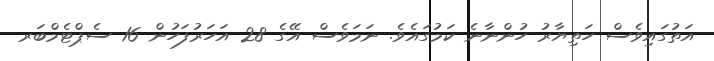
އަތުގައިވެސް ހަތިޔާރު ހުންނާނެ ކަމުގައެވެ. ނަމަވެސް އޭގެ 28 އަހަރުފަހުން 16 ސެޕްޓެމްބަރ